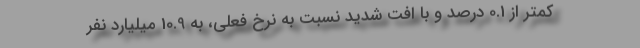
کمتر از 0.1 درصد و با افت شدید نسبت به نرخ فعلی، به 10.9 میلیارد نفر